Indian journal of veterinary science and animal husbandry - Volume 4,
Year: 1934
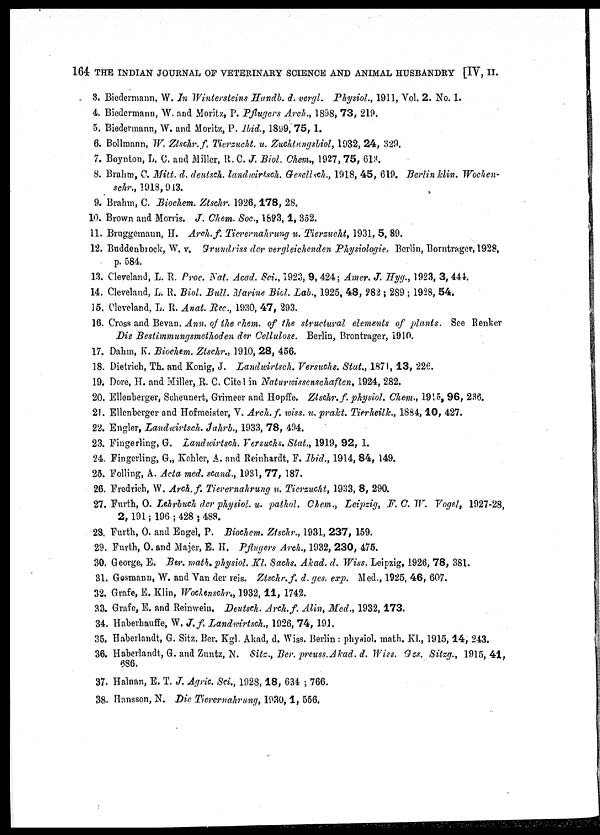
164 THE INDIAN JOURNAL OF VETERINARY SCIENCE AND ANIMAL HUSBANDRY [IV, II.
3. Biedermann, W. In Wintersteins Handb. d. vergl. Physiol., 1911, Vol. 2. No. 1.
4. Biedermann, W. and Moritz, P. Pflugers Arch., 1898, 73, 219.
5. Biedermann, W. and Moritz, P. Ibid., 1899, 75, 1.
6. Bollmann, W. Ztschr.f. Tierzucht. u. Zuchtungsbiol, 1932, 24, 329.
7. Boynton, L. C. and Miller, R. C. J. Biol. Chem., 1927, 75, 613.
8. Brahm, C. Mitt. d. deutsch. landwirtsch. Gesellsch., 1918, 45, 619. Berlin klin. Wochen-
schr., 1918, 943.
9. Brahm, C. Biochem. Ztschr. 1926, 178, 28.
10. Brown and Morris. J. Chem. Soc., 1893, 1, 352.
11. Bruggemann, H. Arch.f. Tierernahrung u. Tierzucht, 1931, 5, 89.
12. Buddenbrock, W. v. Grundriss der vergleichenden Physiologie, Berlin, Borntrager, 1928,
p. 584.
13. Cleveland, L. R. Proc. Nat. Acad. Sci., 1923, 9, 424; Amer. J. Hyg., 1923, 3, 444.
14. Cleveland, L. R. Biol. Bull. Marine Biol. Lab., 1925, 48, 282 ; 289 ; 1928, 54.
15. Cleveland, L. R. Anat. Rec., 1930, 47, 293.
16. Cross and Bevan. Ann. of the chem. of the structural elements of plants. See Renker
Die Bestimmungsmethoden der Cellulose. Berlin, Brontrager, 1910.
17. Dahm, K. Biochem. Ztschr., 1910, 28, 456.
18. Dietrich, Th. and Konig, J. Landwirtsch. Versuchs. Stat., 1871, 13, 226.
19. Dore, H. and Miller, R. C. Cite 1 in Naturwissenschaften, 1924, 282.
20. Ellenberger, Scheunert, Grimeer and Hopffe. Ztschr. f. physiol. Chem., 1915, 96, 236.
21. Ellenberger and Hofmeister, V. Arch. f. wiss. u. prakt. Tierheilk, 1884, 10, 427.
22. Engler, Landwirtsch. Jahrb., 1933, 78, 494.
23. Fingerling, G. Landwirtsch. Versuchs. Stat., 1919, 92, 1.
24. Fingerling, G., Kohler, A. and Reinhardt, F. Ibid., 1914, 84, 149.
25. Folling, A. Acta med. scand., 1931, 77, 187.
26. Fredrich, W. Arch.f. Tierernahrung u. Tierzucht, 1933, 8, 290.
27. Furth, O. Lehrbuch der physiol. u. pathol. Chem., Leipzig, F. C. W. Vogel, 1927-28,
2, 191 ; 196 ; 428 ; 488.
28. Furth, O. and Engel, P. Biochem. Ztschr., 1931, 237, 159.
29. Furth, O. and Majer, E. H. Pflugers Arch., 1932, 230, 475.
30. George, E. Ber. math. physiol. Kl. Sachs. Akad. d. Wiss. Leipzig, 1926, 78, 381.
31. Gosmann, W. and Van der reis. Ztschr.f. d. ges. exp. Med., 1925, 46, 607.
32. Grafe, E. Klin, Wochenschr., 1932, 11, 1742.
33. Grafe, E. and Reinwein. Deutsch. Arch.f. Alin, Med., 1932, 173.
34. Haberhauffe, W. J. f. Landwirtsch., 1926, 74, 191.
35. Haberlandt, G. Sitz. Ber. Kgl, Akad, d. Wiss. Berlin: physiol. math. K1., 1915, 14, 243.
36. Haberlandt, G. and Zuntz, N. Sitz., Ber. preuss.Akad. d. Wiss. Ges. Sitzg., 1915, 41,
686.
37. Halnan, E. T. J. Agric. Sci., 1928, 18, 634 ; 766.
38. Hansson, N. Die Tierernahrung, 1930, 1, 556.